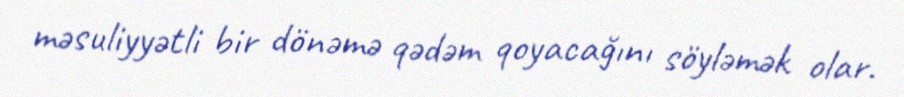
məsuliyyətli bir dönəmə qədəm qoyacağını söyləmək olar.